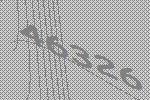
46326